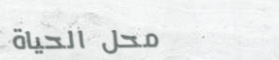
محل الحياة